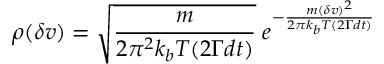
\rho ( \delta v ) = \sqrt { \frac { m } { 2 \pi ^ { 2 } k _ { b } T ( 2 \Gamma d t ) } } \; e ^ { - \frac { m ( \delta v ) ^ { 2 } } { 2 \pi k _ { b } T ( 2 \Gamma d t ) } }